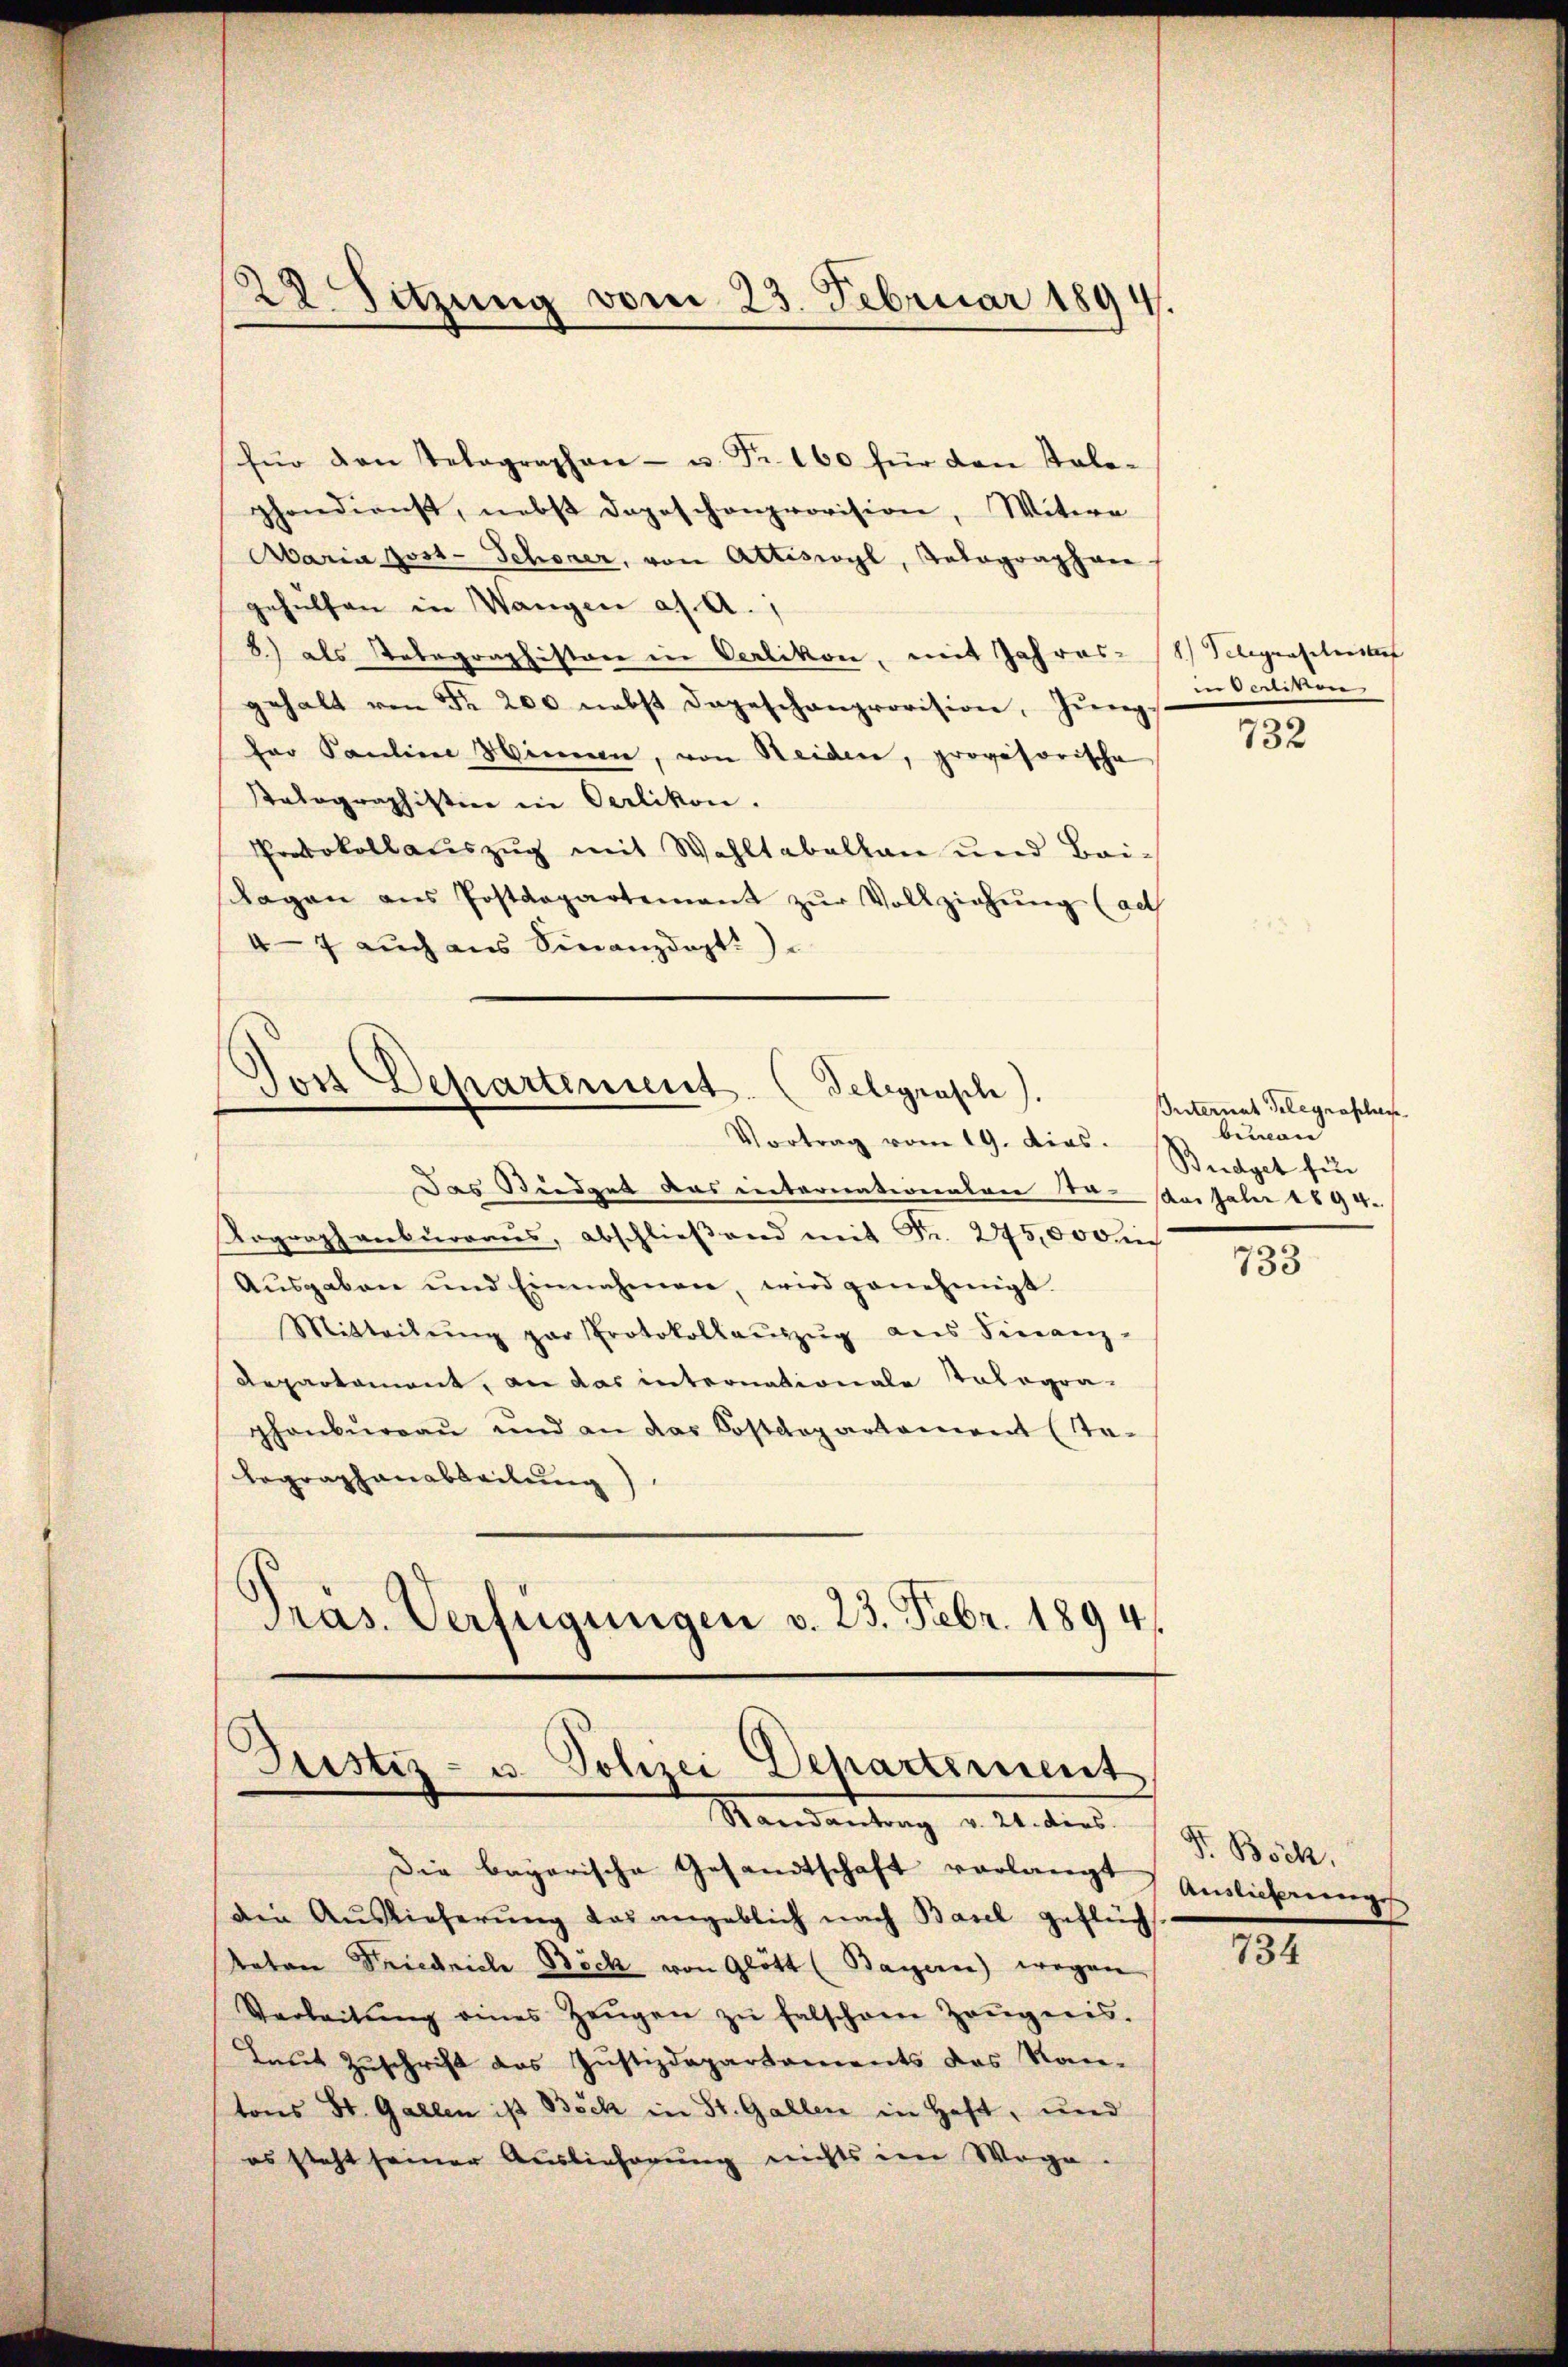
28. Sitzung vom 23. Februar 1894.

für den Telegraphen- u. Fr. 160 für den Tale-
phondienst, nebst dageschenprovision, Witwe
Aaria post-Schöner, von Attiswyl, Tolographen
gehülfen in Wangen a. a.,
8.) als Telegraphistor in Verlikon, mit Jahres (1) Telegenschrister
gehalt von Fr. 200 nebst dageschanprovision, Jŭng.
fer Pauline Himmen, von Seiden, provisorische
Stalographistice in Oerlikon.
Protokollauszug mit Wahltabellan und Bei-
Tagen ans Postdepartement zŭr Vollziehung (act
47 auch aus Finanzdept.)

Jost Departement. (Telegraph).
Vortrag vom 19. dies.

Justiz- u. Polizei Departement
Randantrag v. 24. dies.

Das Büdget das internativeraten er das Jahr 1894.
Kographenburgaus, abschlieβend mit Fr. 275,000
Aŭsgaben und Einnahmen, wird genehmigt.
Mitteilŭng par Protokollaŭszŭg ans Finanz-
Repartement, an das internationale ologra-
phenbureau und an das Sostdepartament (ste-
Legraphenabteilung)
Präs. Verfügungen v. 23. Febr. 1894

Die bagarische Gesandtschaft vorlangt
Die Auslieferŭng das angeblich nach Basel geflüch
taten Friedriche Böck von Glött (Bayern) wegen
Verleitŭng eines Zeŭgen zŭ falschen Zeŭgens.
Laut Zuschrift des Justizdepartements das Kan-
tons St. Gallen ist Böck in St. Gallen in Heft, und
es steht seiner Auslieferung nichts im Wege

in Santiken

732

Internat Gelegrasches
bemann
Budget für

733

F. Böck,
Auslicherungss

734